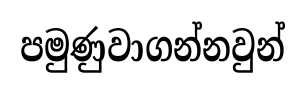
පමුණුවාගන්නවුන්